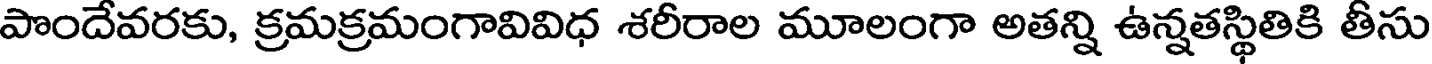
పొందేవరకు, క్రమక్రమంగావివిధ శరీరాల మూలంగా అతన్ని ఉన్నతస్థితికి తీసు